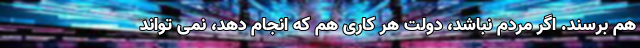
هم برسند. اگر مردم نباشد، دولت هر کاری هم که انجام دهد، نمی تواند